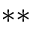
^ { * * }